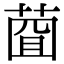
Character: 𦴠